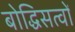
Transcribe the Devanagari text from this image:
बोद्धिसत्वों